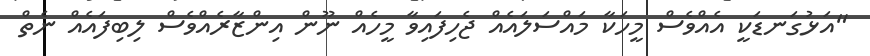
"އަޅުގަނޑަކީ އެއްވެސް މީހަކާ މައްސަލައެއް ޖެހިފައިވާ މީހެއް ނޫން އިންޒާރެއްވެސް ލިބިފައެއް ނެތް